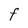
Character: F